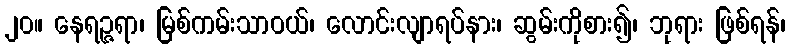
၂၀။ နေရဉ္ဇရာ၊ မြစ်ကမ်းသာဝယ်၊ လောင်းလျာရပ်နား၊ ဆွမ်းကိုစား၍၊ ဘုရား ဖြစ်ရန်၊